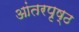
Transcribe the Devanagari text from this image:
आंतरपृष्ठ